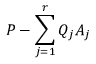
P - \sum _ { j = 1 } ^ { r } Q _ { j } A _ { j }